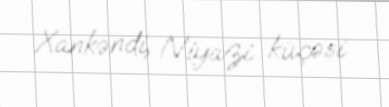
Xankəndi, Niyazi küçəsi